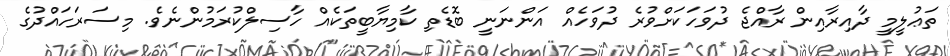
ތަޢުލީމީ ދާއިރާއިން ރާއްޖެ ދުވަހަކަށްވުރެ ދުވަހެއް އަންނަނީ ބޮޑެތި ކާމިޔާބީތަކެއް ހާސިލްކުރަމުންނެވެ. މިސަރަހައްދުގެ